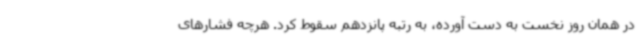
در همان روز نخست به دست آورده، به رتبه پانزدهم سقوط کرد. هرچه فشارهای